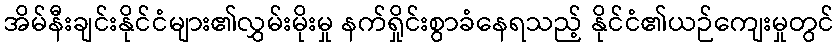
အိမ်နီးချင်းနိုင်ငံများ၏လွှမ်းမိုးမှု နက်ရှိုင်းစွာခံနေရသည့် နိုင်ငံ၏ယဉ်ကျေးမှုတွင်